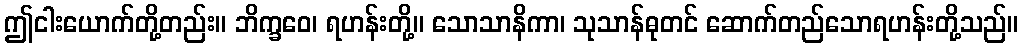
ဤငါးယောက်တို့တည်း။ ဘိက္ခဝေ၊ ရဟန်းတို့။ သောသာနိကာ၊ သုသာန်ဓုတင် ဆောက်တည်သောရဟန်းတို့သည်။